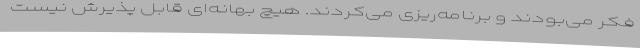
فکر می‌بودند و برنامه‌ریزی می‌کردند. هیچ بهانه‌ای قابل پذیرش نیست